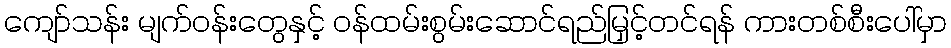
ကျော်သန်း မျက်ဝန်းတွေနှင့် ဝန်ထမ်းစွမ်းဆောင်ရည်မြှင့်တင်ရန် ကားတစ်စီးပေါ်မှာ